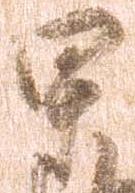
甲